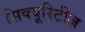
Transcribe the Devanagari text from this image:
सिक्यूरिटीज़